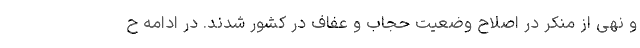
و نهی از منکر در اصلاح وضعیت حجاب و عفاف در کشور شدند. در ادامه ح